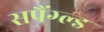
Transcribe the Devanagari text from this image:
सपैंग्ल्ड